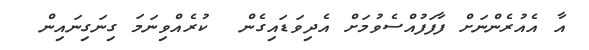
އާ އެއުރެންނަށް ފާފަފުއްސެވުމަށް އެދިވަޑައިގެން  ކުރެއްވިނަމަ ގިނަގިނައިން